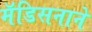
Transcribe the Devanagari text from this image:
मॅडिसनाने